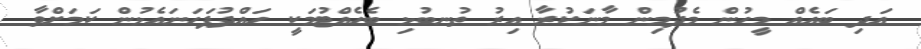
އަދި ބަައެއް މީހުން މެދުމިން މާނަކުރާ އިރު ތުނބުޅި ބެހެއްޓުމަކީ ހައްދުފަހަނައެޅުން ކަމަށްވާ